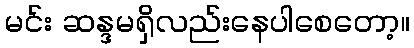
မင်း ဆန္ဒမရှိလည်းနေပါစေတော့။